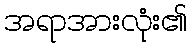
အရာအားလုံး၏